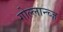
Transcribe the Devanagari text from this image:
गोल्लान्च्ज़